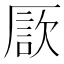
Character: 𠪗